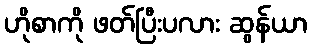
ဟိုစာကို ဖတ်ပြီးပလား ဆွန်ယာ